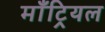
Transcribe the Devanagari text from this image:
माँट्रियल